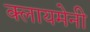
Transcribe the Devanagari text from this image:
क्लायमेनी